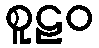
စူဠဝ